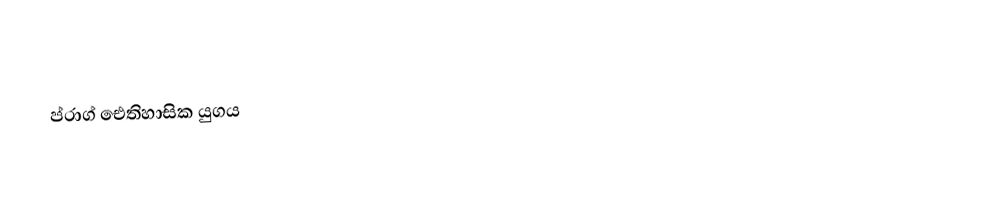
ප්රාග් ඓතිහාසික යුගය